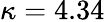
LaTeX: \kappa=4.34